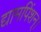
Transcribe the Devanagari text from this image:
द्यामपिंशन्।